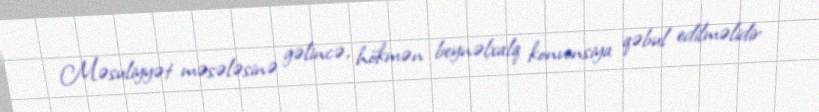
Məsuliyyət məsələsinə gəlincə, hökmən beynəlxalq konvensiya qəbul edilməlidir